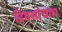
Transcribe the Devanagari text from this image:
दिवसांचाच